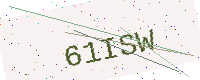
Text: 61ISW